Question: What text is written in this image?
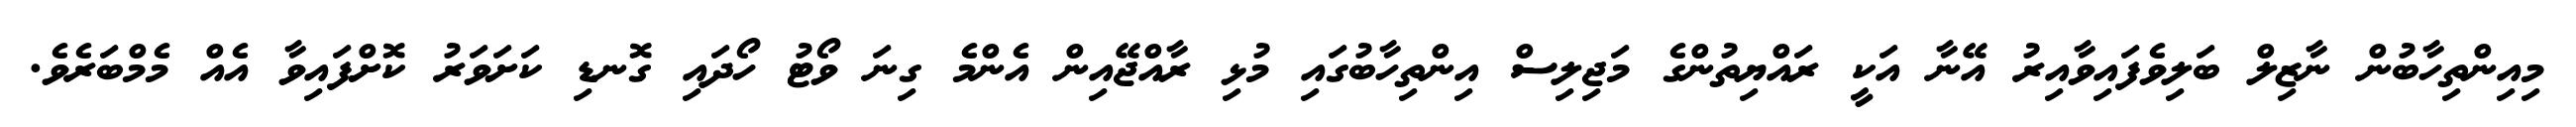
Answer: މިއިންތިހާބުން ނާޒިލް ބަލިވެފައިވާއިރު އޭނާ އަކީ ރައްޔިތުންގެ މަޖިލިސް އިންތިހާބުގައި މުޅި ރާއްޖޭއިން އެންމެ ގިނަ ވޯޓު ހޯދައި ގޮނޑި ކަށަވަރު ކޮށްފައިވާ އެއް މެމްބަރެވެ.